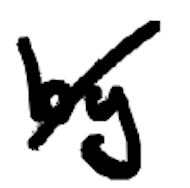
Text: by
Cross-out: diagonal
Writing tool: digital_black